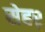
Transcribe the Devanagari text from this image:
सेहर्